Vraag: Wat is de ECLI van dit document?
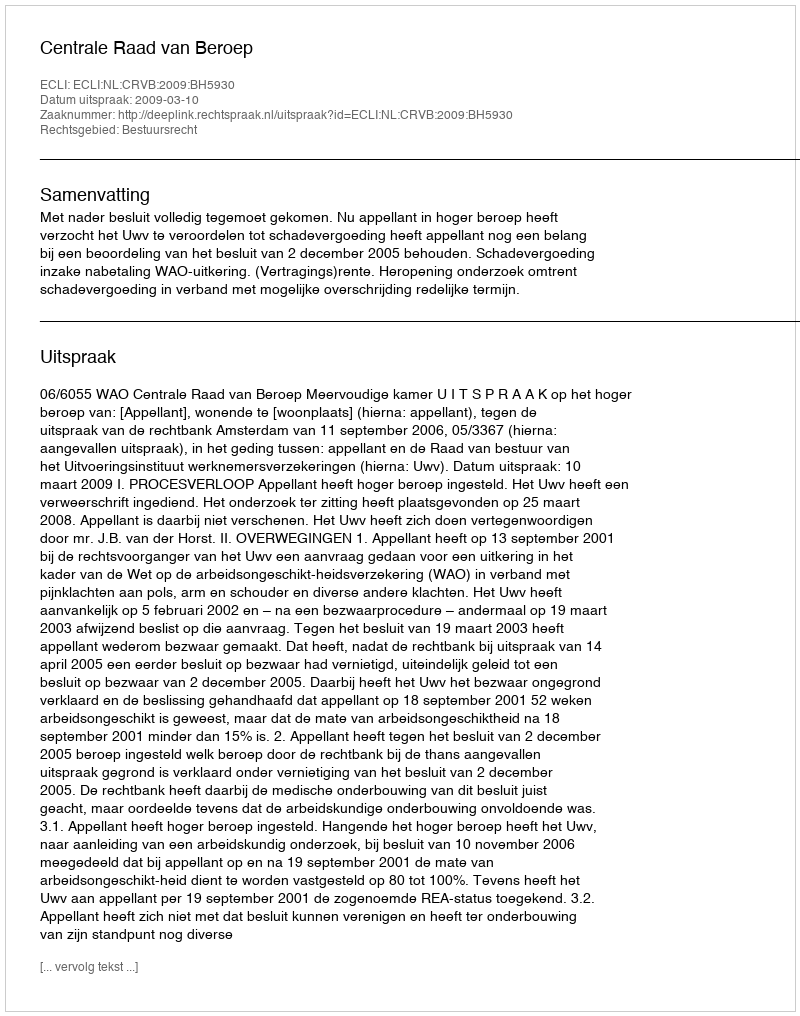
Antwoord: ECLI:NL:CRVB:2009:BH5930